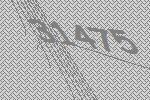
31475